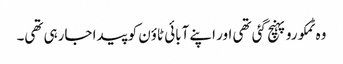
وہ ٹمکورو پہنچ گئی تھی اور اپنے آبائی ٹاؤن کو پیدا جارہی تھی۔